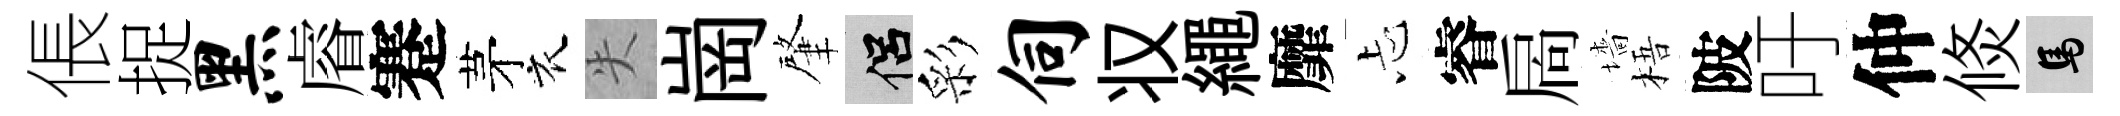
倀捉黑𥈠蹇茅衣失崗肇侣彩伺𠬧繩靡忐睿扄墻梧陂吁仲倐馬